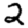
Digit: 2